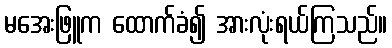
မအေးဖြူက ထောက်ခံ၍ အားလုံးရယ်ကြသည်။